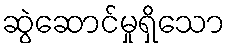
ဆွဲဆောင်မှုရှိသော